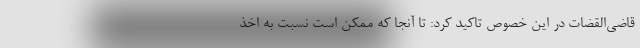
قاضی‌القضات در این خصوص تاکید کرد: تا آنجا که ممکن است نسبت به اخذ